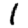
Digit: 1